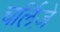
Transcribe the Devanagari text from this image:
चर्लिज़े